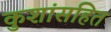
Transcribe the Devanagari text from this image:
कुशांसहित